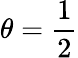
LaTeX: \theta={\frac{1}{2}}